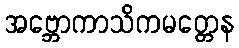
အဗ္ဘောကာသိကမတ္တေန